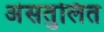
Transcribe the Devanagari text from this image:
अंसतुलित